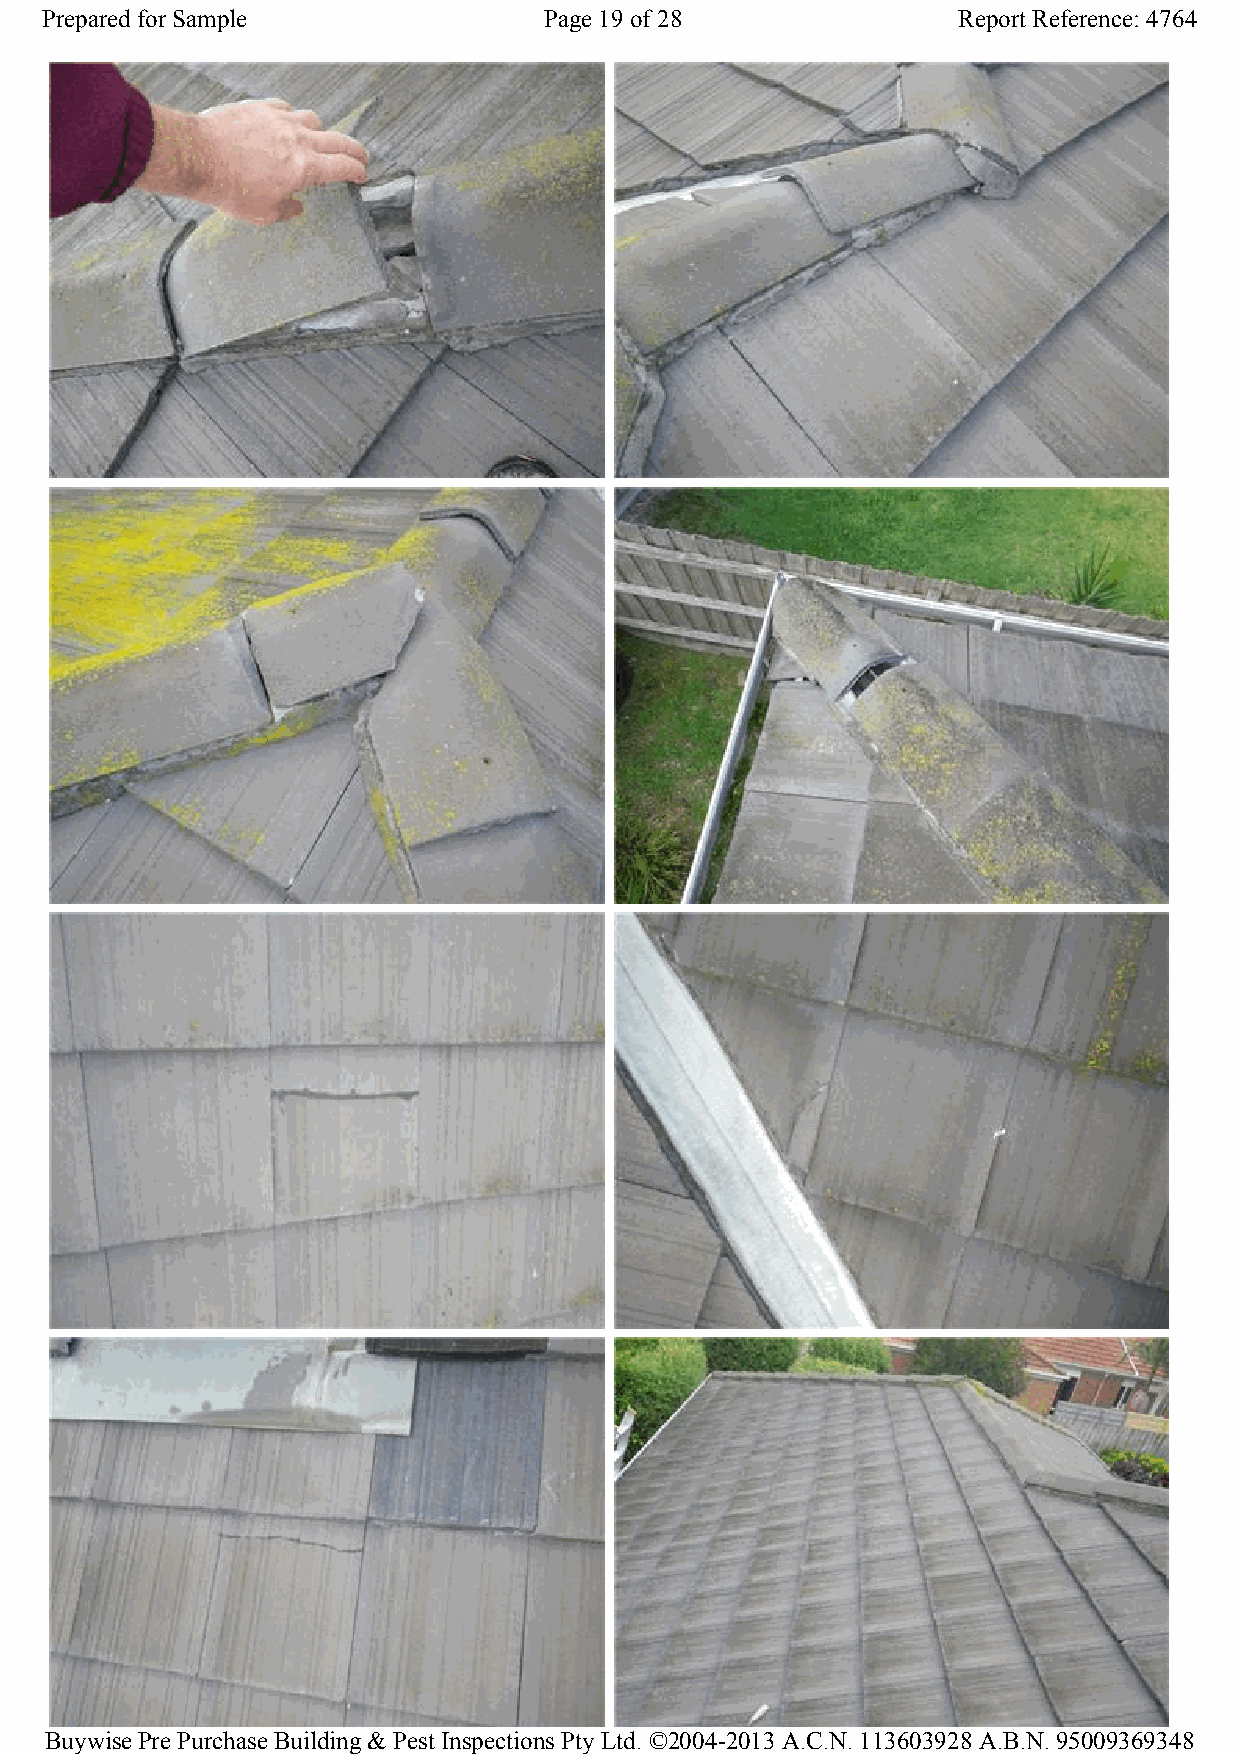
Prepared for Sample              Page 19 of 28              Report Reference: 4764
 Buywise Pre Purchase Building & Pest Inspections Pty Ltd. ©2004-2013 A.C.N. 113603928 A.B.N. 95009369348